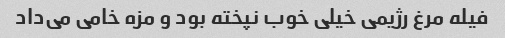
فیله مرغ رژیمی خیلی خوب نپخته بود و مزه خامی می‌داد